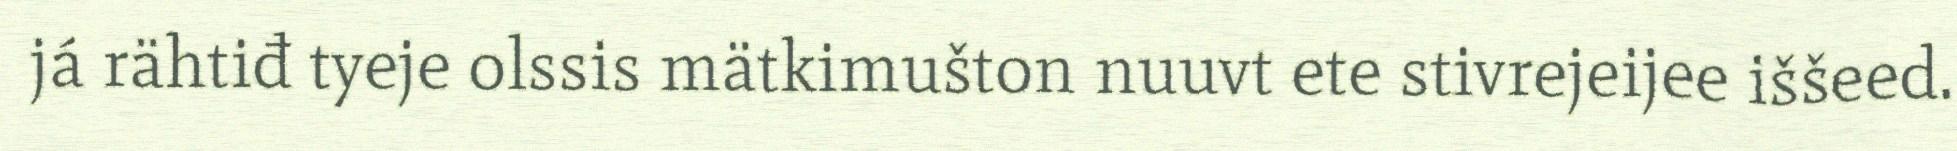
já rähtiđ tyeje olssis mätkimušton nuuvt ete stivrejeijee iššeed.